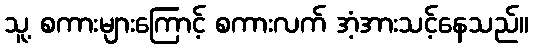
သူ့ စကားများကြောင့် စကားလက် အံ့အားသင့်နေသည်။